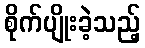
စိုက်ပျိုးခဲ့သည့်